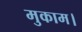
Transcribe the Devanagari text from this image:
मुकाम।